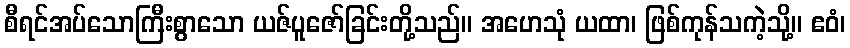
စီရင်အပ်သောကြီးစွာသော ယဇ်ပူဇော်ခြင်းတို့သည်။ အဟေသုံ ယထာ၊ ဖြစ်ကုန်သကဲ့သို့။ ဧဝံ၊